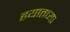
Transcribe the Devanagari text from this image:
हयातच्या